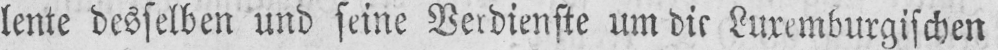
lente desselben und seine Verdienste um die Luxemburgischen